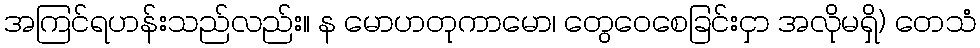
အကြင်ရဟန်းသည်လည်း။ န မောဟတုကာမော၊ တွေဝေစေခြင်းငှာ အလိုမရှိ) တေသံ